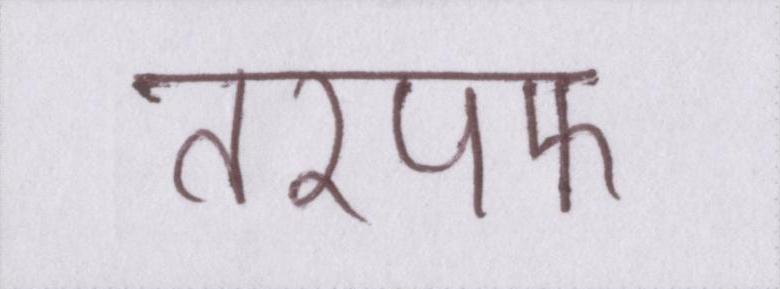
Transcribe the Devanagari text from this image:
तरपफ